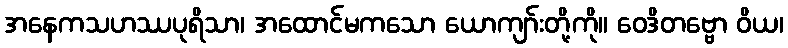
အနေကသဟဿပုရိသာ၊ အထောင်မကသော ယောကျာ်းတို့ကို။ ဝေဒိတဗ္ဗော ဝိယ၊